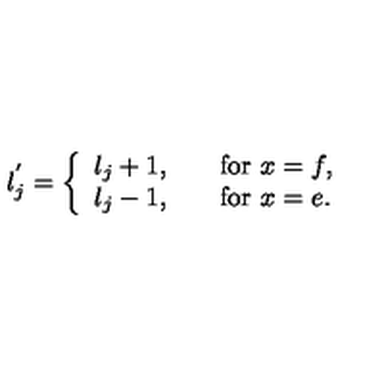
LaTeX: l _ { j } ^ { ' } = \left\{ \begin{array} { l l } { l _ { j } + 1 , } & { \quad \mathrm { f o r } \ x = f , } \\ { l _ { j } - 1 , } & { \quad \mathrm { f o r } \ x = e . } \\ \end{array} \right.